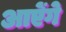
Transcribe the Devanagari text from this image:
आऐंगे